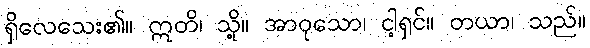
ရှိလေသေး၏။ ဣတိ၊ သို့။ အာဝုသော၊ ငါ့ရှင်။ တယာ၊ သည်။